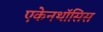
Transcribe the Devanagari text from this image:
एकेनथॉसिस